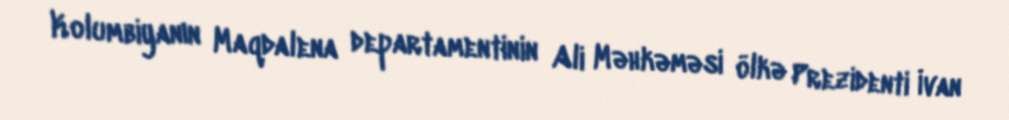
Kolumbiyanın Maqdalena departamentinin Ali Məhkəməsi ölkə Prezidenti İvan